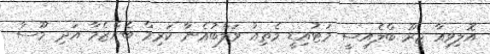
އޮލިވިއާ ޖިރޫ ބްލެއިސީ މަޓުއިޑީ މެތިއު ވަލްބުއެނާ ކަރިމް ބެންޒެމާ އަދި މޫސާ